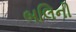
બલિની